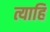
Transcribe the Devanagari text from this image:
त्याहि